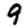
Digit: 9